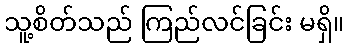
သူ့စိတ်သည် ကြည်လင်ခြင်း မရှိ။